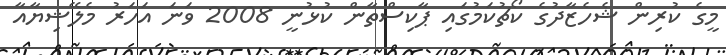
މީގެ ކުރިން ޝެހެޒާދުގެ ކޯޗުކަމުގައި ޕާކިސްތާން ކުޅުނީ 2008 ވަނަ އަހަރު މެލޭޝިޔާއާ